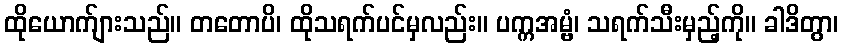
ထိုယောက်ျားသည်။ တတောပိ၊ ထိုသရက်ပင်မှလည်း။ ပက္ကအမ္ဗံ၊ သရက်သီးမှည့်ကို။ ခါဒိတွာ၊